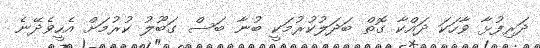
ދަރިފުޅާ ވާހަކަ ދައްކާ ގޮތް ބަދަލުކުރުމަކީ ބުނާ ބަސް ގަބޫލު ކުރުމަށް އެހީވެދޭނެ